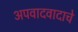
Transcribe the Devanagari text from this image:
अपवादवादाचे